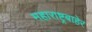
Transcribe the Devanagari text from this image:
महाराष्ट्रबाहेर